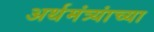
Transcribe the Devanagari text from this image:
अर्थमंत्र्यांच्या